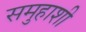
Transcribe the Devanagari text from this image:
समुहाशी